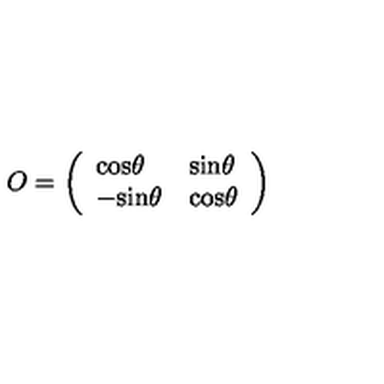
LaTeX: O = \left( \begin{array} { l l } { \mathrm { c o s } \theta } & { \mathrm { s i n } \theta } \\ { - \mathrm { s i n } \theta } & { \mathrm { c o s } \theta } \\ \end{array} \right)